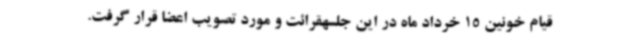
قیام خونین 15 خرداد ماه در این جلسهقرائت و مورد تصویب اعضا قرار گرفت.